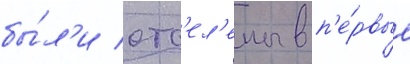
бы́л'и отс'ел'ены в п'е́рвые